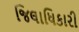
જિલાધિકારી